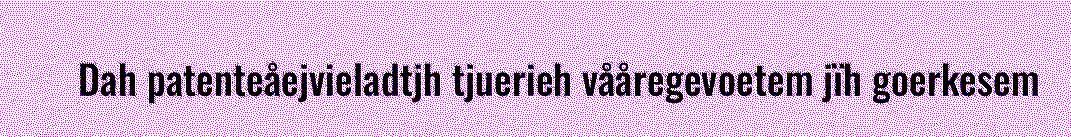
Dah patenteåejvieladtjh tjuerieh vååregevoetem jïh goerkesem